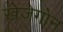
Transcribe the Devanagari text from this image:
खेजेगोन